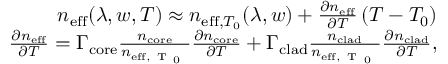
\begin{array} { r } { n _ { \mathrm { e f f } } ( \lambda , w , T ) \approx n _ { \mathrm { e f f } , T _ { 0 } } ( \lambda , w ) + \frac { \partial n _ { \mathrm { e f f } } } { \partial T } \left( T - T _ { 0 } \right) } \\ { \frac { \partial n _ { \mathrm { e f f } } } { \partial T } = \Gamma _ { \mathrm { c o r e } } \frac { n _ { \mathrm { c o r e } } } { n _ { \mathrm { e f f , ~ T ~ _ 0 ~ } } } \frac { \partial n _ { \mathrm { c o r e } } } { \partial T } + \Gamma _ { \mathrm { c l a d } } \frac { n _ { \mathrm { c l a d } } } { n _ { \mathrm { e f f , ~ T ~ _ 0 ~ } } } \frac { \partial n _ { \mathrm { c l a d } } } { \partial T } , } \end{array}